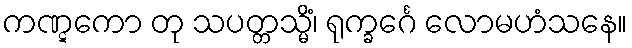
ကဏ္ဋကော တု သပတ္တသ္မိံ၊ ရုက္ခင်္ဂေ လောမဟံသနေ။